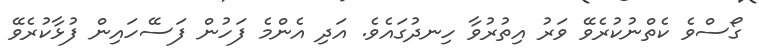
ގޯސްވެ ކެތްނުކުރެވޭ ވަރު އިތުރުވާ ހިނދުގައެވެ. އަދި އެންމެ ފަހުން ފަސޭހައިން ފުޅާކުރެވޭ